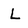
Character: L